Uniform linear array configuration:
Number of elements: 8
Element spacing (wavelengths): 0.75
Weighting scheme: cosine
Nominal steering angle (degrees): -15
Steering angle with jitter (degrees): -14.36
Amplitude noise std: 0.05
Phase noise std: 0.05

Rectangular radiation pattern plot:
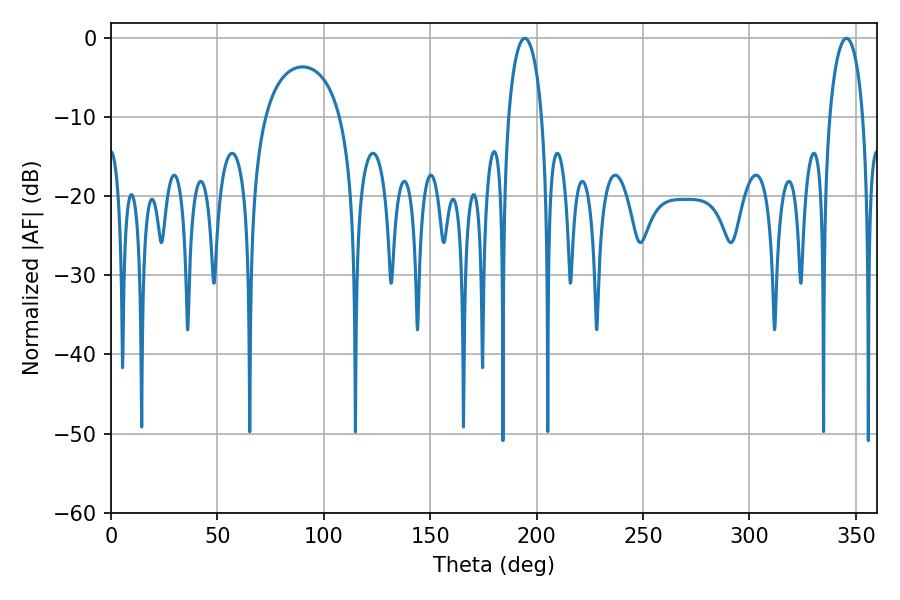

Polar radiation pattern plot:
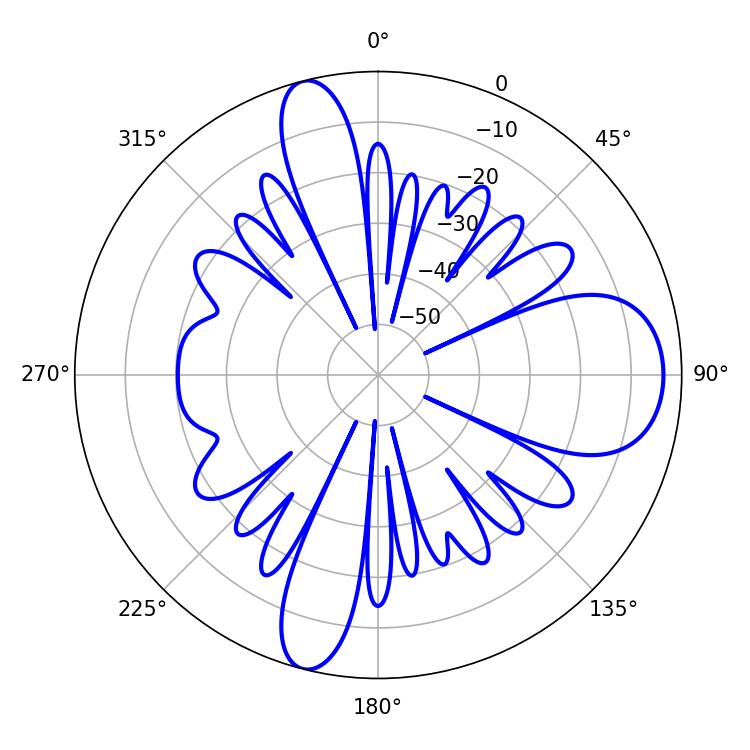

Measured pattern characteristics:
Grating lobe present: TRUE
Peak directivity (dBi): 12.654
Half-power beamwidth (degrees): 9
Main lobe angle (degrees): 194.4